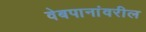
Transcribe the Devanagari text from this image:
वेबपानांवरील